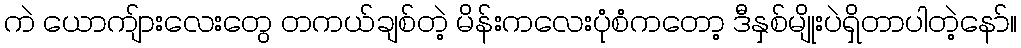
ကဲ ယောကျ်ားလေးတွေ တကယ်ချစ်တဲ့ မိန်းကလေးပုံစံကတော့ ဒီနှစ်မျိုးပဲရှိတာပါတဲ့နော်။